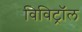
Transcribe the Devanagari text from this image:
विविट्रॉल